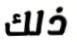
ذلك